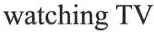
watching TV